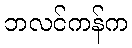
ဘလင်ကန်က